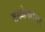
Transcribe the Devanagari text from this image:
तख्त्तेखांवर